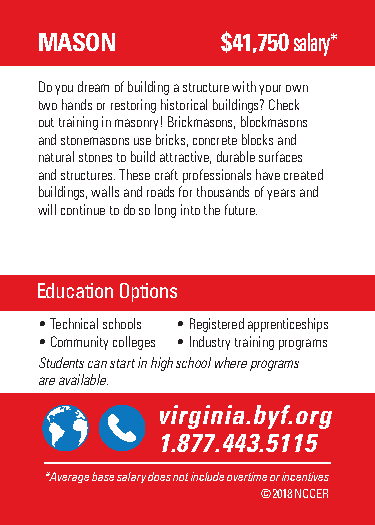
MASON        $41,750 salary*
 Do you dream of building a structure with your own
 two hands or restoring historical buildings? Check
 out training in masonry! Brickmasons, blockmasons
 and stonemasons use bricks, concrete blocks and
 natural stones to build attractive, durable surfaces
 and structures. These craft professionals have created
 buildings, walls and roads for thousands of years and
 will continue to do so long into the future.
 Education Options
 • Technical schools • Registered apprenticeships
 • Community colleges • Industry training programs
 Students can start in high school where programs
 are available.
 @viBrugiildnYioau.brFyuft.uorreg
 B1u.i8ld7Y7o.u4r4Fu3t.u5r1e.1o5rg
 **AAvveeraraggee b baassee s saalalaryry d dooeess n noot ti ninccluluddee o ovveertritmimee o or ri nincceenntitviveess
 ©©22001178 N NCCCCEERR